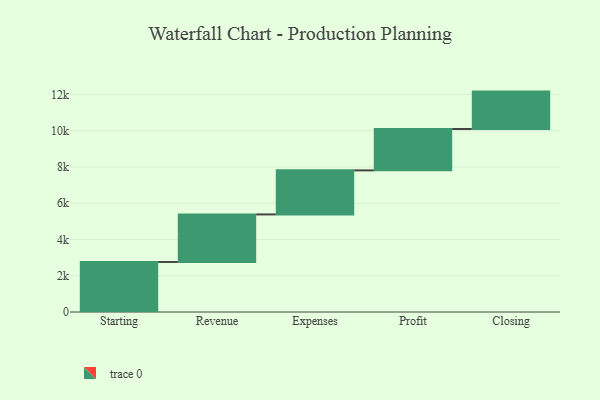
{"axis": {"x": "Step", "y": "Value"}, "legend": [""], "data": [{"x": "Starting", "y": 2761.0, "type": ""}, {"x": "Revenue", "y": 2624.0, "type": ""}, {"x": "Expenses", "y": 2431.0, "type": ""}, {"x": "Profit", "y": 2284.0, "type": ""}, {"x": "Closing", "y": 2063.0, "type": ""}]}